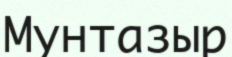
Мунтазыр